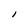
Character: I